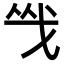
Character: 㦰